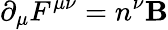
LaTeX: {\partial}_{\mu}F^{{\mu}{\nu}}=n^{\nu}\mathbf{B}